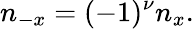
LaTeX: n_{-x}=(-1)^{\nu}n_{x}.